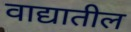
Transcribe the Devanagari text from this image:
वाद्यातील